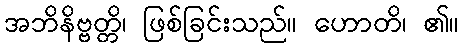
အဘိနိဗ္ဗတ္တိ၊ ဖြစ်ခြင်းသည်။ ဟောတိ၊ ၏။